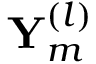
\mathbf { Y } _ { m } ^ { ( l ) }